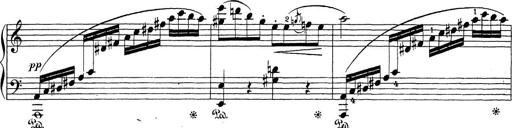
Title: Sonatina Album
Composer: Louis KÃ¶hler